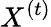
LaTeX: X^{(t)}